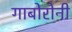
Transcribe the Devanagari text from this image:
गाबोरोनी